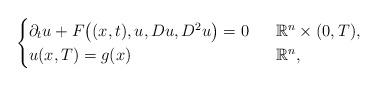
LaTeX: \begin{align*}\begin{cases}\partial_tu+F\big((x,t),u,Du,D^2u\big)=0~~&\mathbb R^n\times (0,T), \\u(x,T)=g(x)~~&\mathbb R^n,\end{cases}\end{align*}